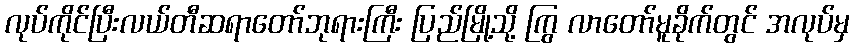
လုပ်ကိုင်ပြီးလယ်တီဆရာတော်ဘုရားကြီး ပြည်မြို့သို့ ကြွ လာတော်မူခိုက်တွင် အလုပ်မှ